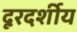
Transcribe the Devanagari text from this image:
दूरदर्शीय